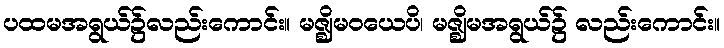
ပထမအရွယ်၌လည်းကောင်း။ မဇ္ဈိမဝယေပိ၊ မဇ္ဈိမအရွယ်၌ လည်းကောင်း။